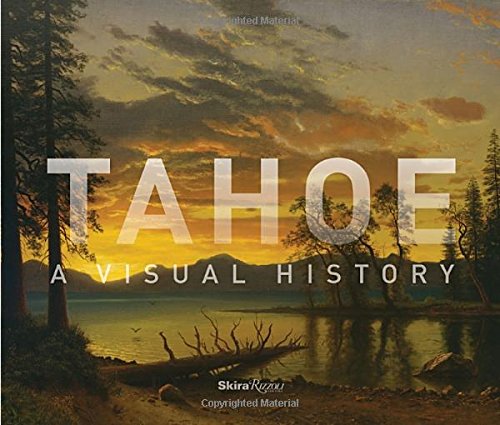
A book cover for Tahoe: A Visual History; Arts & Photography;